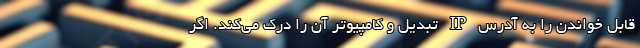
قابل خواندن را به آدرس IP تبدیل و کامپیوتر آن را درک می‌کند. اگر